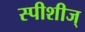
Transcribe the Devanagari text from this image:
स्पीशीज्